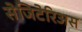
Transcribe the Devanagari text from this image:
सेजिटेरिअस